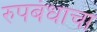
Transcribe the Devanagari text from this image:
रुपबंधाचा